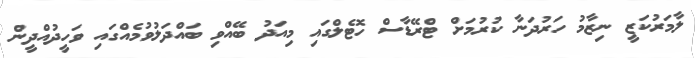
ލާމަރުކަޒީ ނިޒާމު ހަރުދަނާ ކުރުމަށް ޓްރޭޑާސް ހޮޓެލްގައި މިއަދު ބޭއްވި ބައްދަލުވުމެއްގައި ވަހީދުއްދީން